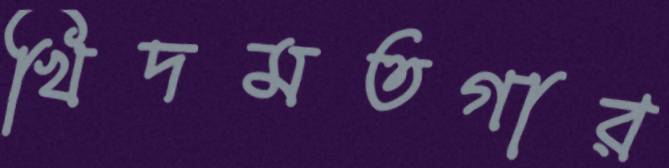
খিদমতগার